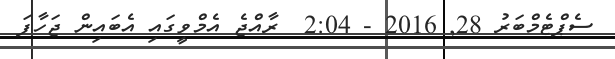
ސެޕްޓެމްބަރު 28